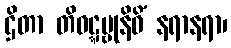
ဌိတာ တိဝဋ္ဋမ္ဗုနိဓိံ နရာနရာ၊